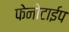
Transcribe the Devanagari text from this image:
फेनोटाईप